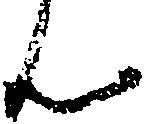
ん